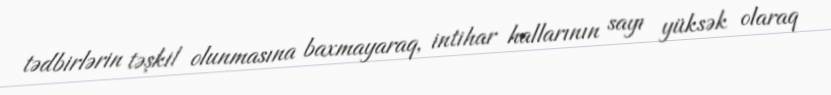
tədbirlərin təşkil olunmasına baxmayaraq, intihar hallarının sayı yüksək olaraq